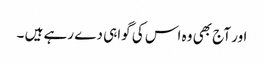
اور آج بھی وہ اس کی گواہی دے رہے ہیں ۔